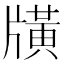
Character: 𤗶